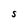
Character: S